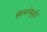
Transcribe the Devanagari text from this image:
संरचनेमुळे